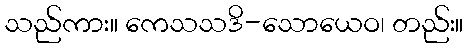
သည်ကား။ ကေသသဒိ-သောယေဝ၊ တည်း။